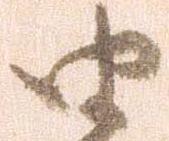
由